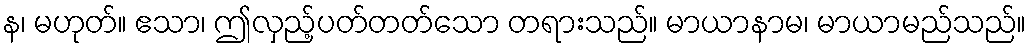
န၊ မဟုတ်။ ဧသာ၊ ဤလှည့်ပတ်တတ်သော တရားသည်။ မာယာနာမ၊ မာယာမည်သည်။